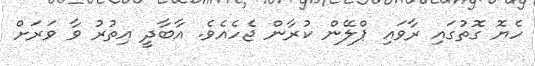
ހެޔޮ ގޮތުގައި ރާވައި ޕްލޭން ކުރާން ޖެހެއެވެ. އާބާދީ އިތުރު ވާ ވަރަށް